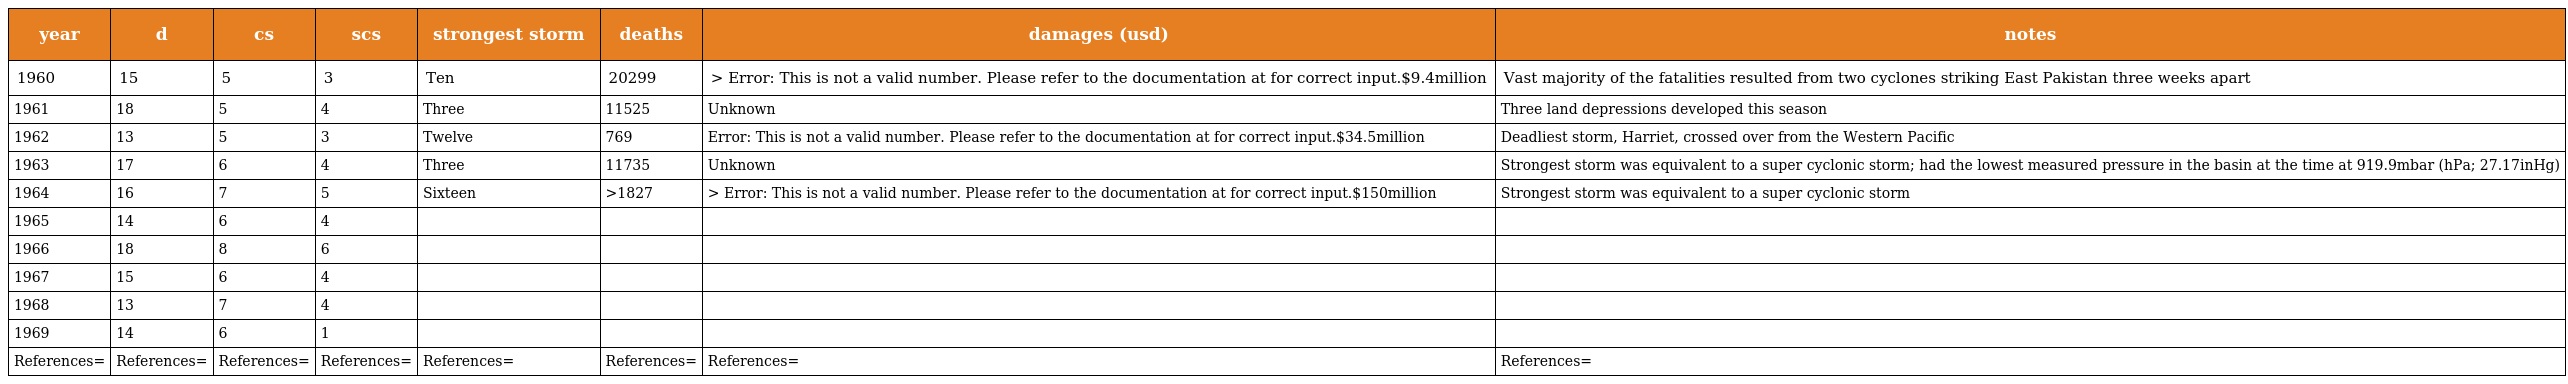
| year | d | cs | scs | strongest storm | deaths | damages (usd) | notes |
 | --- | --- | --- | --- | --- | --- | --- | --- |
 | 1960 | 15 | 5 | 3 | Ten | 20299 | > Error: This is not a valid number. Please refer to the documentation at for correct input.$9.4million | Vast majority of the fatalities resulted from two cyclones striking East Pakistan three weeks apart |
 | 1961 | 18 | 5 | 4 | Three | 11525 | Unknown | Three land depressions developed this season |
 | 1962 | 13 | 5 | 3 | Twelve | 769 | Error: This is not a valid number. Please refer to the documentation at for correct input.$34.5million | Deadliest storm, Harriet, crossed over from the Western Pacific |
 | 1963 | 17 | 6 | 4 | Three | 11735 | Unknown | Strongest storm was equivalent to a super cyclonic storm; had the lowest measured pressure in the basin at the time at 919.9mbar (hPa; 27.17inHg) |
 | 1964 | 16 | 7 | 5 | Sixteen | >1827 | > Error: This is not a valid number. Please refer to the documentation at for correct input.$150million | Strongest storm was equivalent to a super cyclonic storm |
 | 1965 | 14 | 6 | 4 |  |  |  |  |
 | 1966 | 18 | 8 | 6 |  |  |  |  |
 | 1967 | 15 | 6 | 4 |  |  |  |  |
 | 1968 | 13 | 7 | 4 |  |  |  |  |
 | 1969 | 14 | 6 | 1 |  |  |  |  |
 | References= | References= | References= | References= | References= | References= | References= | References= |